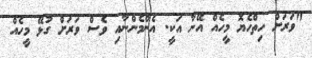
"ވަރަށް ހިތްހެޔޮ މީހެއް އޭނާ އަކީ. އެންމެންނާއި ވެސް ވަރަށް ގުޅޭ މީހެއް